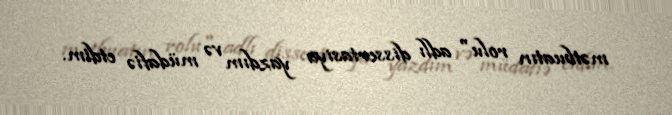
mətbuatın rolu" adlı dissertasiya yazdım və müdafiə etdim.